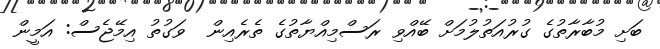
ބަށި މުބާރާތުގެ ގުރުއަތުލުމަށް ބޭއްވި ރަސްމިއްޔާތުގެ ތެރެއިން  ވަގުތު އިމޭޖެސް: އަމީން